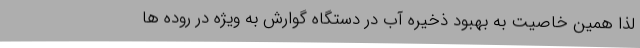
لذا همین خاصیت به بهبود ذخیره آب در دستگاه گوارش به ویژه در روده ها